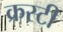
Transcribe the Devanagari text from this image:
क्रस्टी